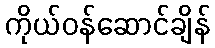
ကိုယ်ဝန်ဆောင်ချိန်